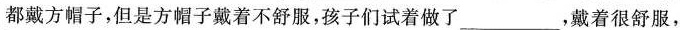
都戴方帽子，但是方帽子戴着不舒服，孩子们试着做了___，戴着很舒服，